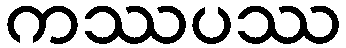
ကဿပဿ